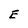
Character: E